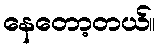
နေတော့တယ်။